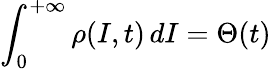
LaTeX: \int_{0}^{+\infty}\rho(I,t)\, dI=\Theta(t)